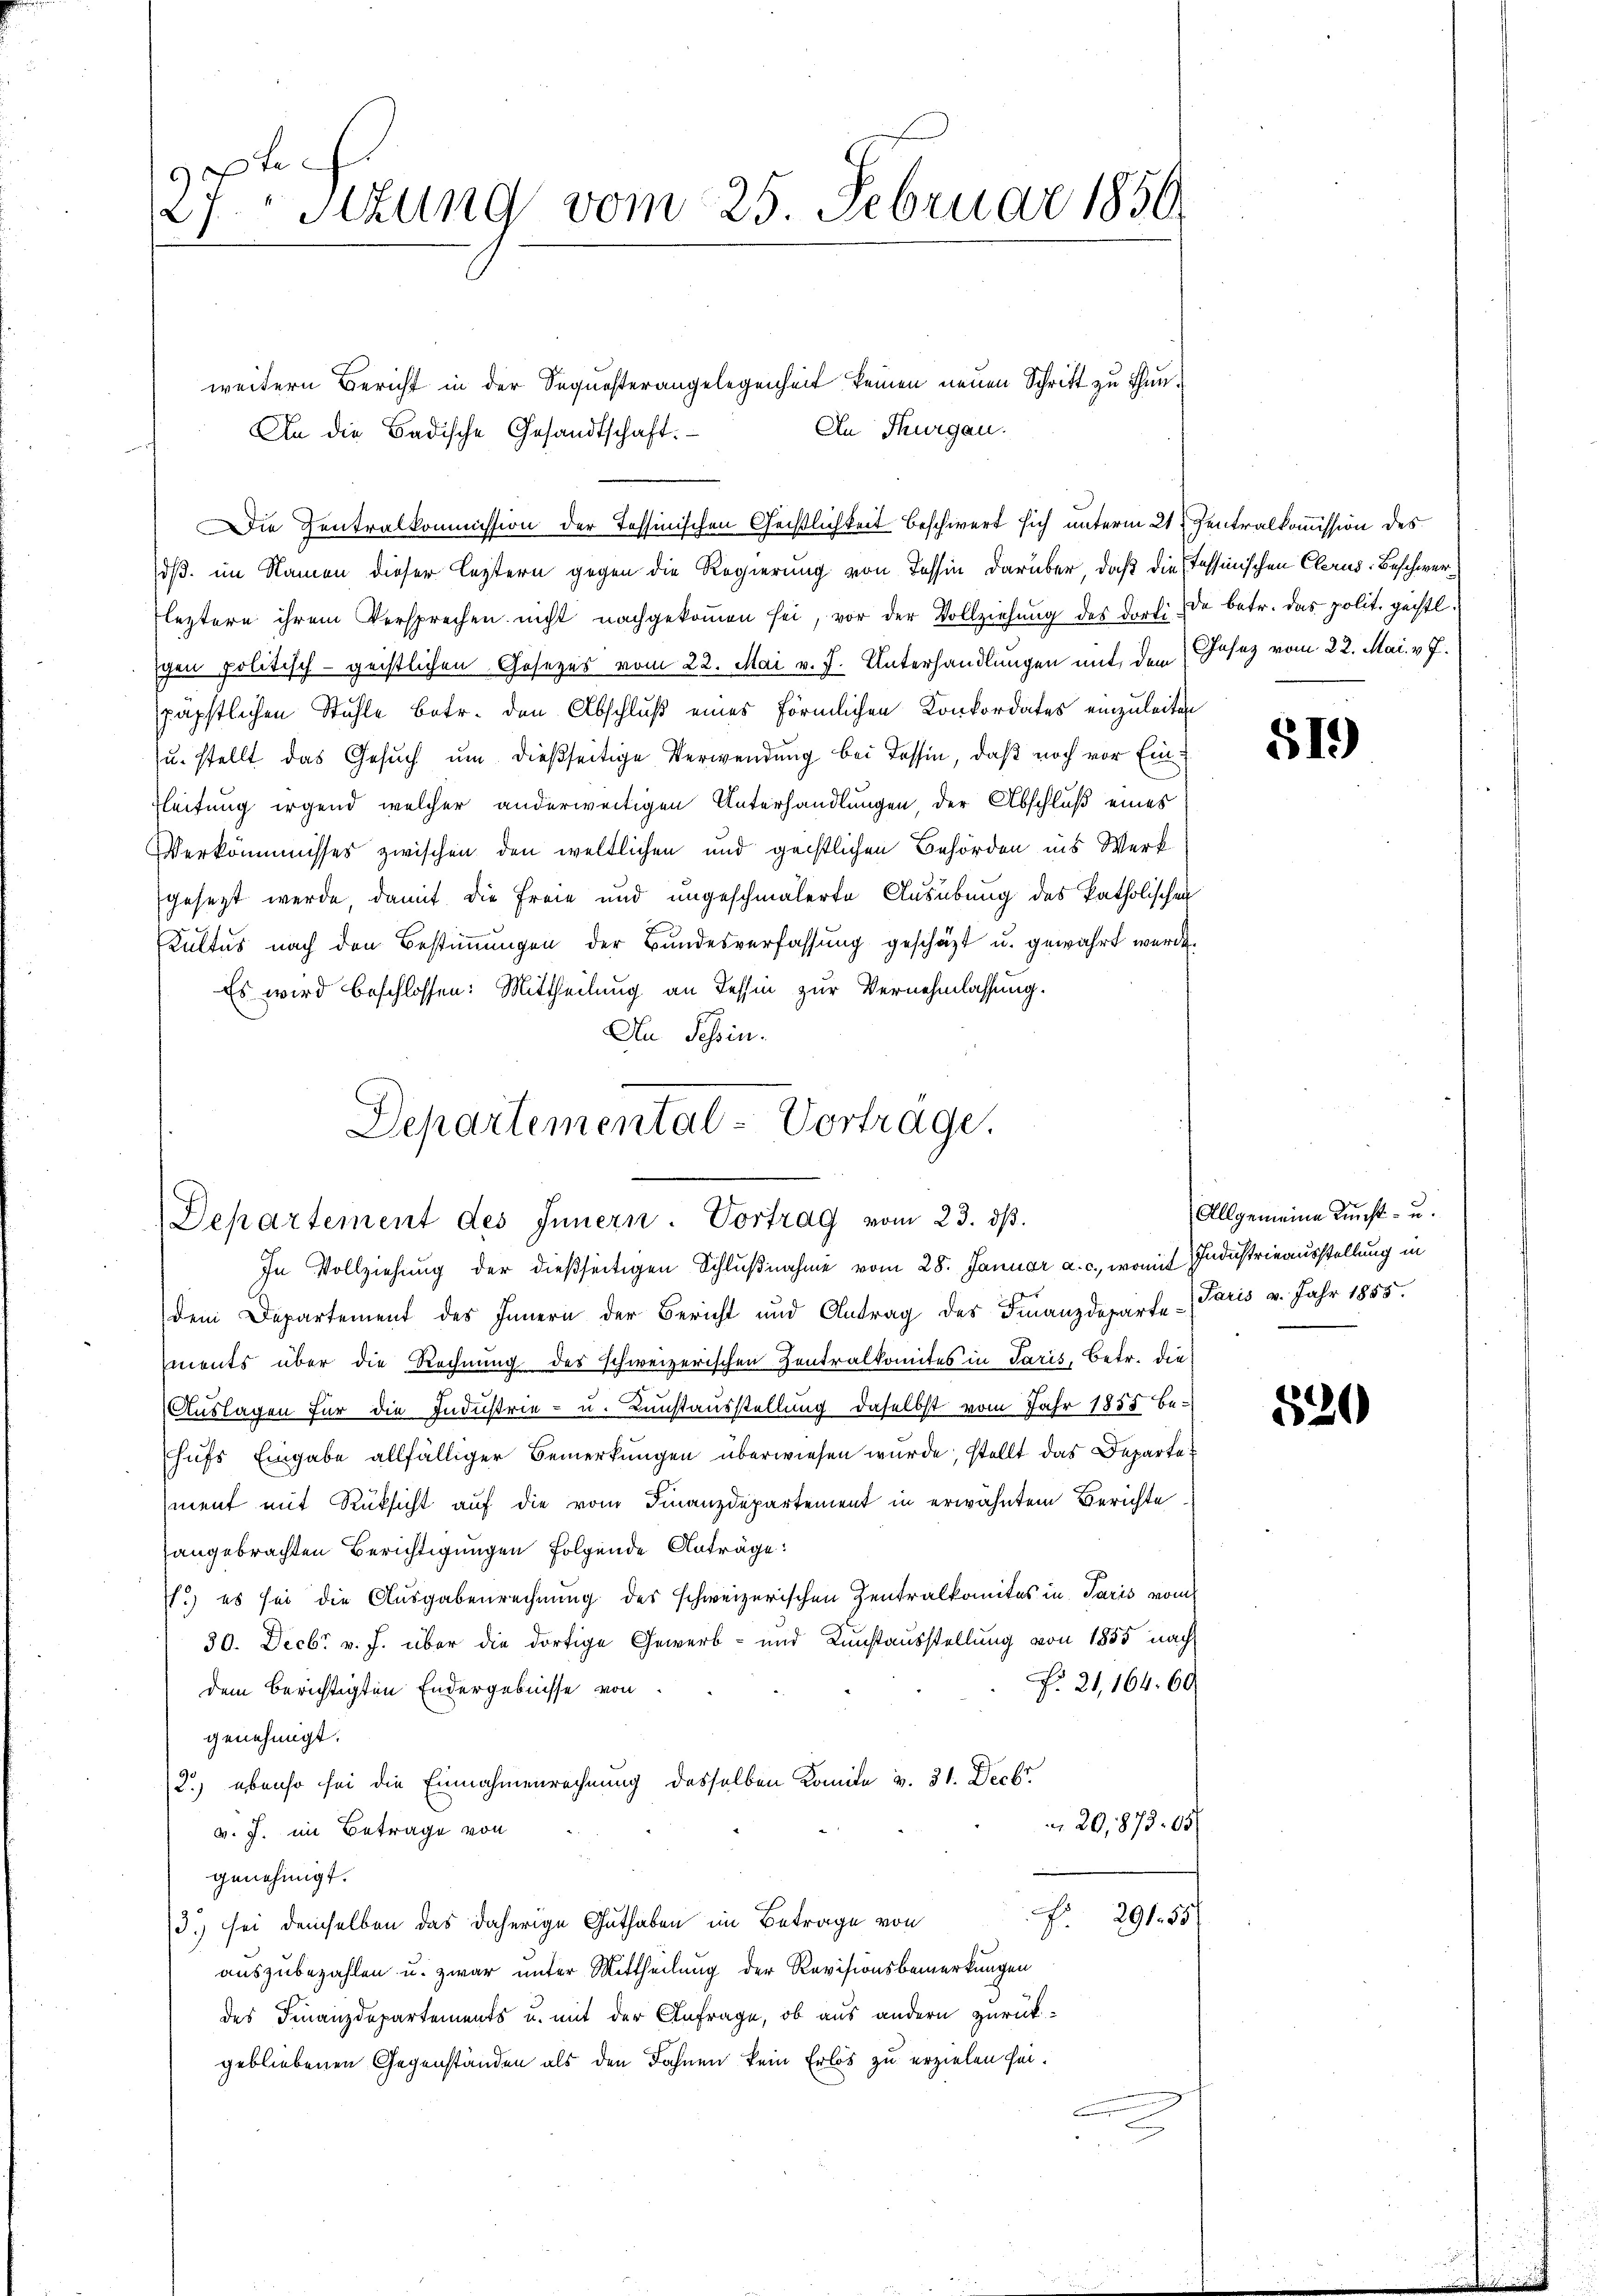
9te
27. Sitzung vom 25. Februar 1850.

weitern Bericht in der Sequesterangelegenheit keinen neuen Schritt zu thun¬
An Thurgau.
An die Badische Gesandtschaft.
oß im Namen dieser leztern gegen die Regierung von Tessin darüber, daß die Tessinischen Clerus-Beschwer¬
Fleztere ihrem Versprechen nicht nachgekoṁen sei, vor der Vollziehung des dorti de betr. das polit. geistl.
schen politisch-geistlichen Gesezes vom 22. Mai v. J. Unterhandlungen mit dem Gesez vom 22. Mai. v. J.
päpstlichen Stühle betr. den Abschluß eines förmlichen Konkordates einzuleiten
u. stellt das Gesuch um dießseitige Verwendung bei Tessin, daß noch vor Einfleitung irgend welcher anderweitigen Unterhandlungen, der Abschluß eines
Verkommnisses zwischen den weltlichen und geistlichen Behörden ins Werk
gesezt werde damit die Freie und ungeschmälerte Ausübung des katholischen
Kultus nach den Bestimmungen der Bundesverfassung geschäzt u. gewährt werde.
Es wird beschlossen: Mittheilung an Tessin zur Vernehmlassung.
An Schin.
Departemental-Vorträge.

Die Zentralkommission der Tessinischen Geistlichkeit beschwert sich unterm 21. Zentralkommission des

.
Departement des Innern. Vortrag vom 23. ds.
In Vollziehung der dießseitigen Schlußnahme vom 28. Januar a. c., womit Industrieausstellung in

dem Departement des Innern der Bericht und Antrag des Finanzdeparte Paris v. Jahr 1855.
ements über die Rechnung des schweizerischen Zentralkomites in Paris, betr. die
Auslagen für die Industrie- u. Kunstausstellung daselbst vom Jahr 1858 behufs Eingabe allfälliger Bemerkungen überwiesen wurde, stellt das Departe
ment mit Rüksicht auf die vom Finanzdepartement in erwähntem Berichte
angebrachten Berichtigungen folgende Anträge:
.) es sei die Ausgabenrechnung des schweizerischen Zentralkomites in Paris vom
30. Decbr v. J. über die dortige Gewerb- und Kunstausstellung von 1855 nach
No. 21, 164. 60
dem berichtigten Endergebnisse von
genehmigt.
2.) ebenso sei die Einnahmenrechnung desselben Komite v. 31. Decbr.
 20,873. 05/
v. J. im Betrage von
genehmigt.
291. 55
3.) sei demselben das daherige Guthaben im Betrage von
auszubezahlen u. zwar unter Mittheilung der Revisionsbemerkungen
des Finanzdepartements u. mit der Anfrage, ob aus andern zurück-
gebliebenen Gegenständen als den Fahnen kein Erlös zu erzielen sei.

519)

Allgemeine Kunst- u.

520